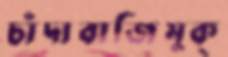
চাঁদাবাজিমুক্